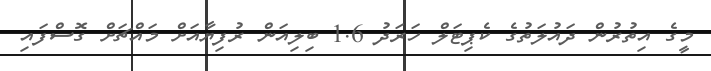
މީގެ އިތުރުން ދައުލަތުގެ ކެޕިޓަލް ހަރަދު 1.6 ބިލިއަން ރުފިޔާއަށް މައްޗަށް ގޮސްފައި